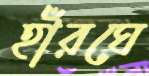
হাঁরঘে